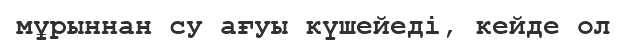
мұрыннан су ағуы күшейеді, кейде ол